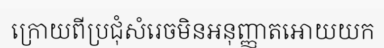
ក្រោយពីប្រជុំសំរេចមិនអនុញ្ញាតអោយយក